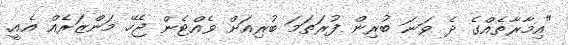
"އިމާރާތެއްގެ ދެ ވަނަ ބުރިން ފުރަތަމަ ބުރިއަށް ވެއްޓެން ޖެހޭ މަންޒަރެއް އެއީ.